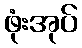
ဖုံးအုပ်